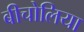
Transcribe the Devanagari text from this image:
बीचोलिया